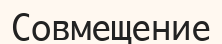
Совмещение